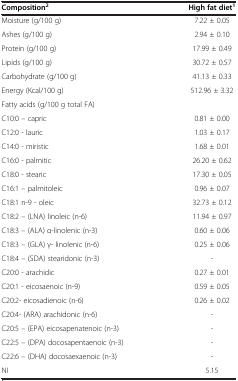
| Composition2 | High fat diet1 |
 | --- | --- |
 | Moisture (g/100 g) | 7.22 ± 0.05 |
 | Ashes (g/100 g) | 2.94 ± 0.10 |
 | Protein (g/100 g) | 17.99 ± 0.49 |
 | Lipids (g/100 g) | 30.72 ± 0.57 |
 | Carbohydrate (g/100 g) | 41.13 ± 0.33 |
 | Energy (Kcal/100 g) | 512.96 ± 3.32 |
 | Fatty acids (g/100 g total FA) |  |
 | C10:0 – capric | 0.81 ± 0.00 |
 | C12:0 - lauric | 1.03 ± 0.17 |
 | C14:0 - miristic | 1.68 ± 0.01 |
 | C16:0 - palmitic | 26.20 ± 0.62 |
 | C18:0 - stearic | 17.30 ± 0.05 |
 | C16:1 – palmitoleic | 0.96 ± 0.07 |
 | C18:1 n-9 - oleic | 32.73 ± 0.12 |
 | C18:2 – (LNA) linoleic (n-6) | 11.94 ± 0.97 |
 | C18:3 – (ALA) α-linolenic (n-3) | 0.60 ± 0.06 |
 | C18:3 – (GLA) γ- linolenic (n-6) | 0.25 ± 0.06 |
 | C18:4 – (SDA) stearidonic (n-3) | - |
 | C20:0 - arachidic | 0.27 ± 0.01 |
 | C20:1 - eicosaenoic (n-9) | 0.59 ± 0.05 |
 | C20:2- eicosadienoic (n-6) | 0.26 ± 0.02 |
 | C20:4- (ARA) arachidonic (n-6) | - |
 | C20:5 – (EPA) eicosapenatenoic (n-3) | - |
 | C22:5 – (DPA) docosapentaenoic (n-3) | - |
 | C22:6 – (DHA) docosaexaenoic (n-3) | - |
 | NI | 5.15 |